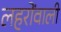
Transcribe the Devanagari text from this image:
लहरोंवाली